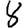
Digit: 8